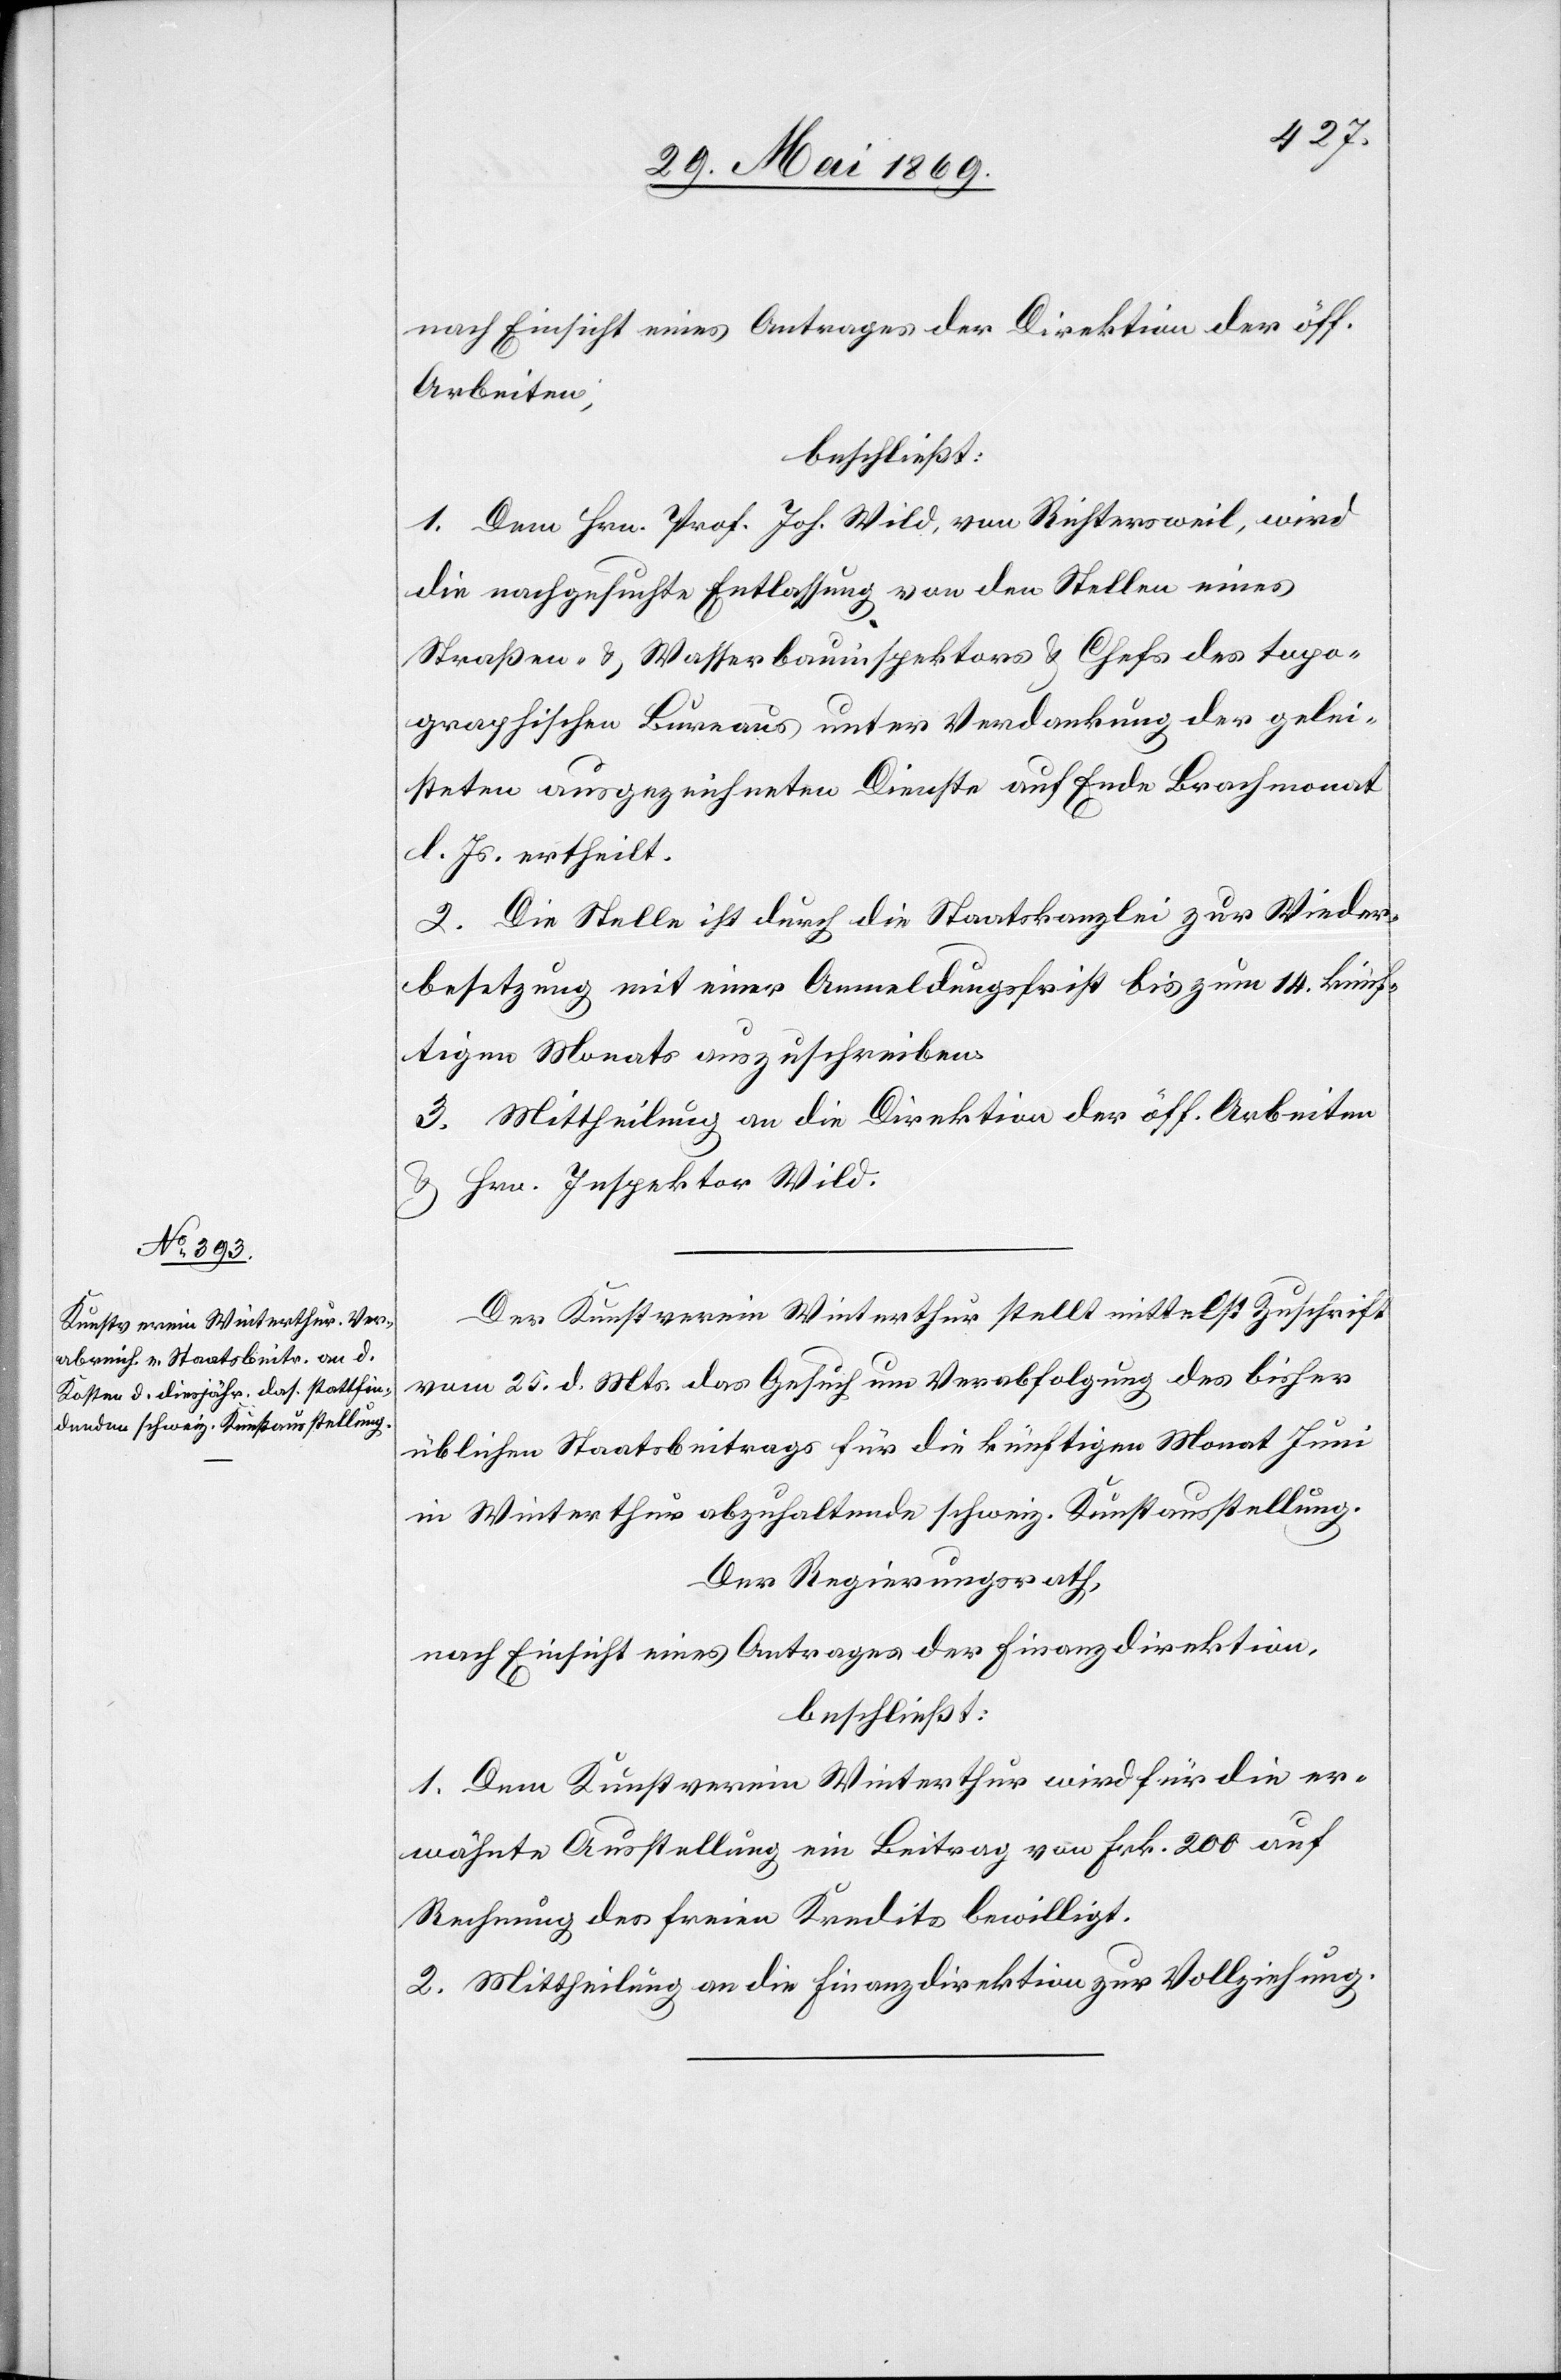
nach Einsicht eines Antrages der Direktion der öff.
Arbeiten,
beschließt:
1. Dem Hrn. Prof. Jos. Wild, von Richtersweil, wird
die nachgesuchte Entlassung von den Stellen eines
Straßen- u. Wasserbauinspektors u. Chefs des topo¬
graphischen Bureaus unter Verdankung der gelei¬
steten ausgezeichneten Dienste auf Ende Brachmonat
l. Js. ertheilt.
2. Die Stelle ist durch die Staatskanzlei zur Wieder¬
besetzung mit einer Anmeldungsfrist bis zum 14 künf¬
tigen Monats auszuschreiben.
3. Mittheilung an die Direktion der öff. Arbeiten
u. Hrn. Inspektor Wild.
Der Kunstverein Winterthur stellt mittelst Zuschrift
vom 25 d. Mts. das Gesuch um Verabfolgung des bisher
üblichen Staatsbeitrages für die künftigen Monat Juni
in Winterthur abzuhaltende schweiz. Kunstausstellung.
Der Regierungsrath,
nach Einsicht eines Antrages der Finanzdirektion,
beschließt:
1. Dem Kunstverein Winterthur wird für die er¬
wähnte Ausstellung ein Beitrag von Frk. 200 auf
Rechnung des freien Kredits bewilligt.
2. Mittheilung an die Finanzdirektion zur Vollziehung.